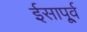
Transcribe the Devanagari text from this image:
ईसापू्र्व